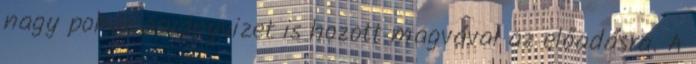
nagy pohár ásványvizet is hozott magvával az előadásra. A